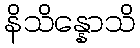
နိသိန္နောသိ